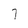
Character: 7